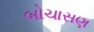
બોચાસણ